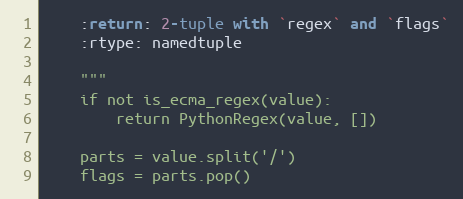
Language: Python
    :return: 2-tuple with `regex` and `flags`
    :rtype: namedtuple

    """
    if not is_ecma_regex(value):
        return PythonRegex(value, [])

    parts = value.split('/')
    flags = parts.pop()